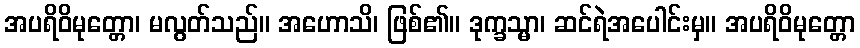
အပရိဝိမုတ္တော၊ မလွတ်သည်။ အဟောသိ၊ ဖြစ်၏။ ဒုက္ခသ္မာ၊ ဆင်ရဲအပေါင်းမှ။ အပရိဝိမုတ္တော